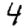
Digit: 4